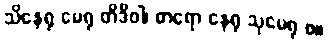
သိနေရု မေရု တိဒိဝါ၊ ဓာရော နေရု သုမေရု စ။